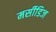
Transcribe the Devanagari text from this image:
मर्सीडिज